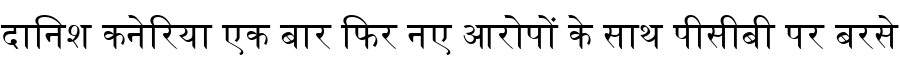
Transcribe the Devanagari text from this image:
दानिश कनेरिया एक बार फिर नए आरोपों के साथ पीसीबी पर बरसे